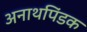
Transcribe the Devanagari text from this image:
अनाथपिंडक